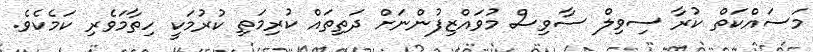
މަސައްކަތް ކުރާ ސިވިލް ސާވިސް މުވައްޒިފުންނަށް ދަތިތައް ކުރިމަތި ކުރުމަކީ ހިތާމަވެރި ކަމެކެވެ.